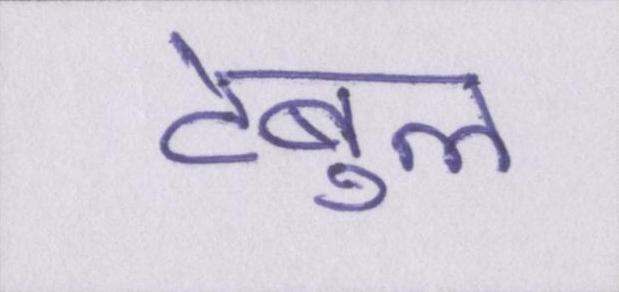
टेबुल